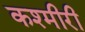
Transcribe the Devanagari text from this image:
कश्‍मीरी